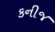
કનીજ